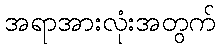
အရာအားလုံးအတွက်